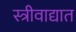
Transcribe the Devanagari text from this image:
स्त्रीवाद्यात